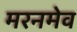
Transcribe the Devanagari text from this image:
मरनमेव